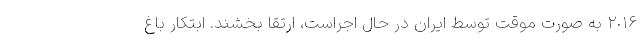
٢٠١۶ به صورت موقت توسط ایران در حال اجراست، ارتقا بخشند. ابتکار باغ